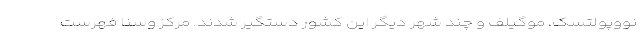
نووپولتسک، موگیلف و چند شهر دیگر این کشور دستگیر شدند. مرکز وسنا فهرست